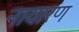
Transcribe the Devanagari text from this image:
नायारण